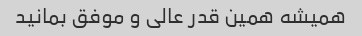
همیشه همین قدر عالی و موفق بمانید